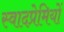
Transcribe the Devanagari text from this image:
स्वादप्रेमियों